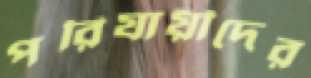
পরিযায়ীদের